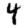
Digit: 4